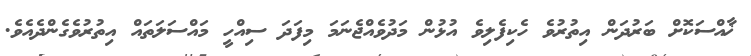
ޚާއްސަކޮށް ބަރުދަން އިތުރުވެ ހެކިފެލިވެ އުޅުން މަދުވެއްޖެނަމަ މިފަދަ ސިއްހީ މައްސަލަތައް އިތުރުވެގެންދެއެވެ.